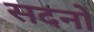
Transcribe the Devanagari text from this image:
सदनो